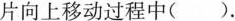
片向上移动过程中( )。